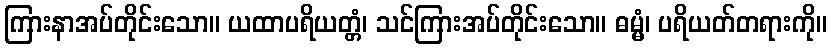
ကြားနာအပ်တိုင်းသော။ ယထာပရိယတ္တံ၊ သင်ကြားအပ်တိုင်းသော။ ဓမ္မံ၊ ပရိယတ်တရားကို။